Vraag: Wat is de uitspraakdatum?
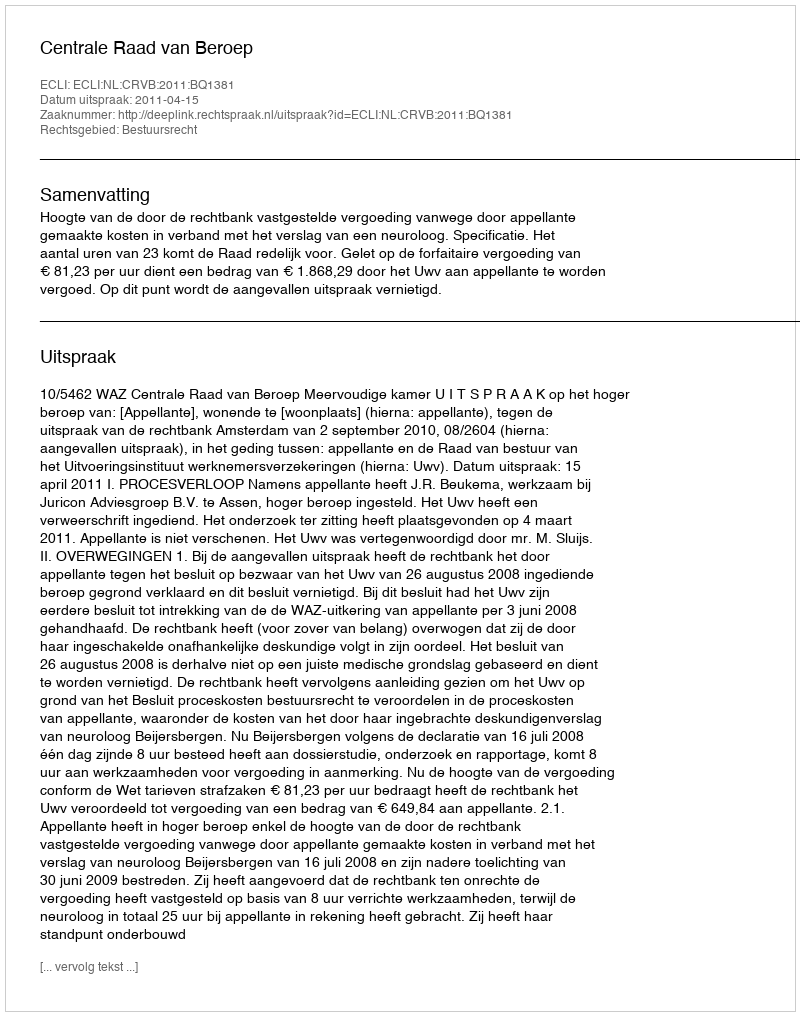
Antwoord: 2011-04-15